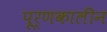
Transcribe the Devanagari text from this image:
पूर्णकालीन